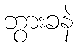
ဘွားခနဲ